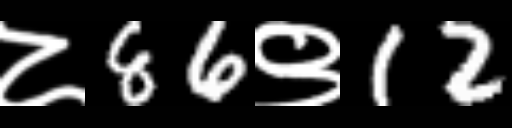
Text: ८86९12